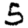
Digit: 5